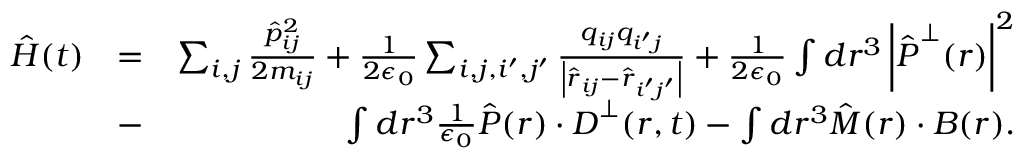
\begin{array} { r l r } { \hat { H } ( t ) } & { = } & { \sum _ { i , j } \frac { \hat { p } _ { i j } ^ { 2 } } { 2 m _ { i j } } + \frac { 1 } { 2 \epsilon _ { 0 } } \sum _ { i , j , i ^ { \prime } , j ^ { \prime } } \frac { q _ { i j } q _ { i ^ { \prime } j } } { \left| \hat { \boldsymbol r } _ { i j } - \hat { \boldsymbol r } _ { i ^ { \prime } j ^ { \prime } } \right| } + \frac { 1 } { 2 \epsilon _ { 0 } } \int d \boldsymbol r ^ { 3 } \left| \hat { \boldsymbol P } ^ { \perp } ( \boldsymbol r ) \right| ^ { 2 } } \\ & { - } & { \int d \boldsymbol r ^ { 3 } \frac { 1 } { \epsilon _ { 0 } } \hat { \boldsymbol P } ( \boldsymbol r ) \cdot { \boldsymbol D } ^ { \perp } ( \boldsymbol r , t ) - \int d \boldsymbol r ^ { 3 } \hat { \boldsymbol M } ( \boldsymbol r ) \cdot { \boldsymbol B } ( \boldsymbol r ) . } \end{array}